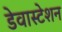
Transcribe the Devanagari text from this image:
डेवास्टेशन